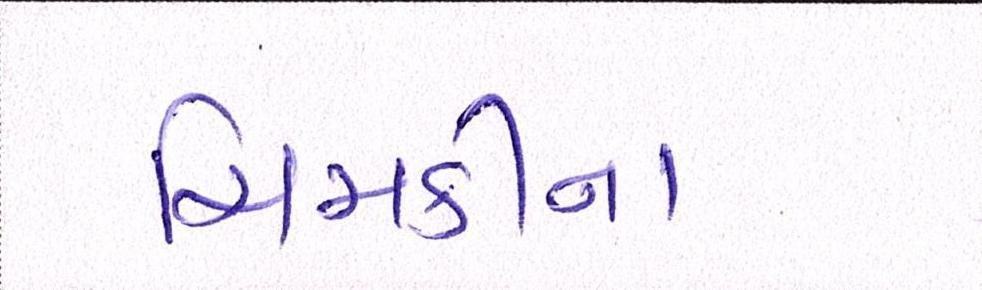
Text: ચિમકીના